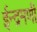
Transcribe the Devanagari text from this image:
ईन्द्रमणी